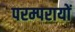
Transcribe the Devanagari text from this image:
परम्परायों